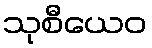
သုစီယေဝ